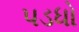
પડધો